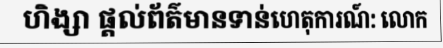
ហិង្សា ផ្តល់ព័ត៌មានទាន់ហេតុការណ៍: លោក